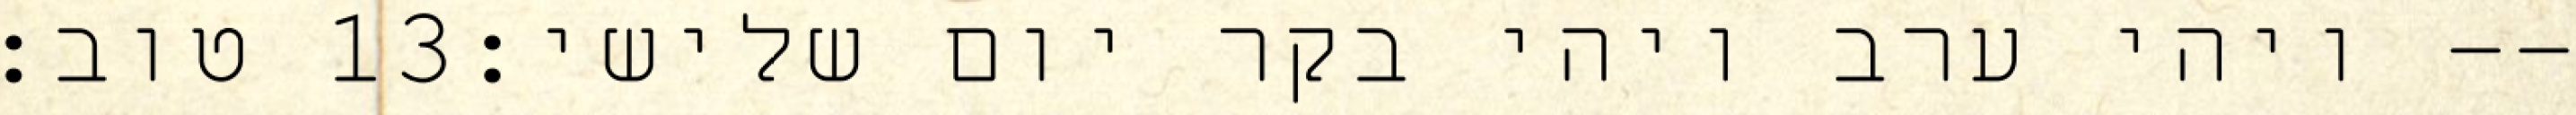
טוב׃ ‎13‏ ויהי ערב ויהי בקר יום שלישי׃--